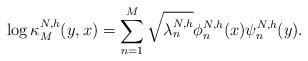
LaTeX: \begin{align*}\log\kappa_M^{N,h}(y,x)=\sum\limits_{n=1}^{M}\sqrt{\lambda_n^{N,h}}\phi_n^{N,h}(x)\psi_n^{N,h}(y).\end{align*}